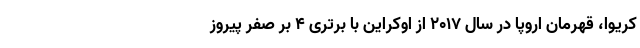
کریوا، قهرمان اروپا در سال ۲۰۱۷ از اوکراین با برتری ۴ بر صفر پیروز